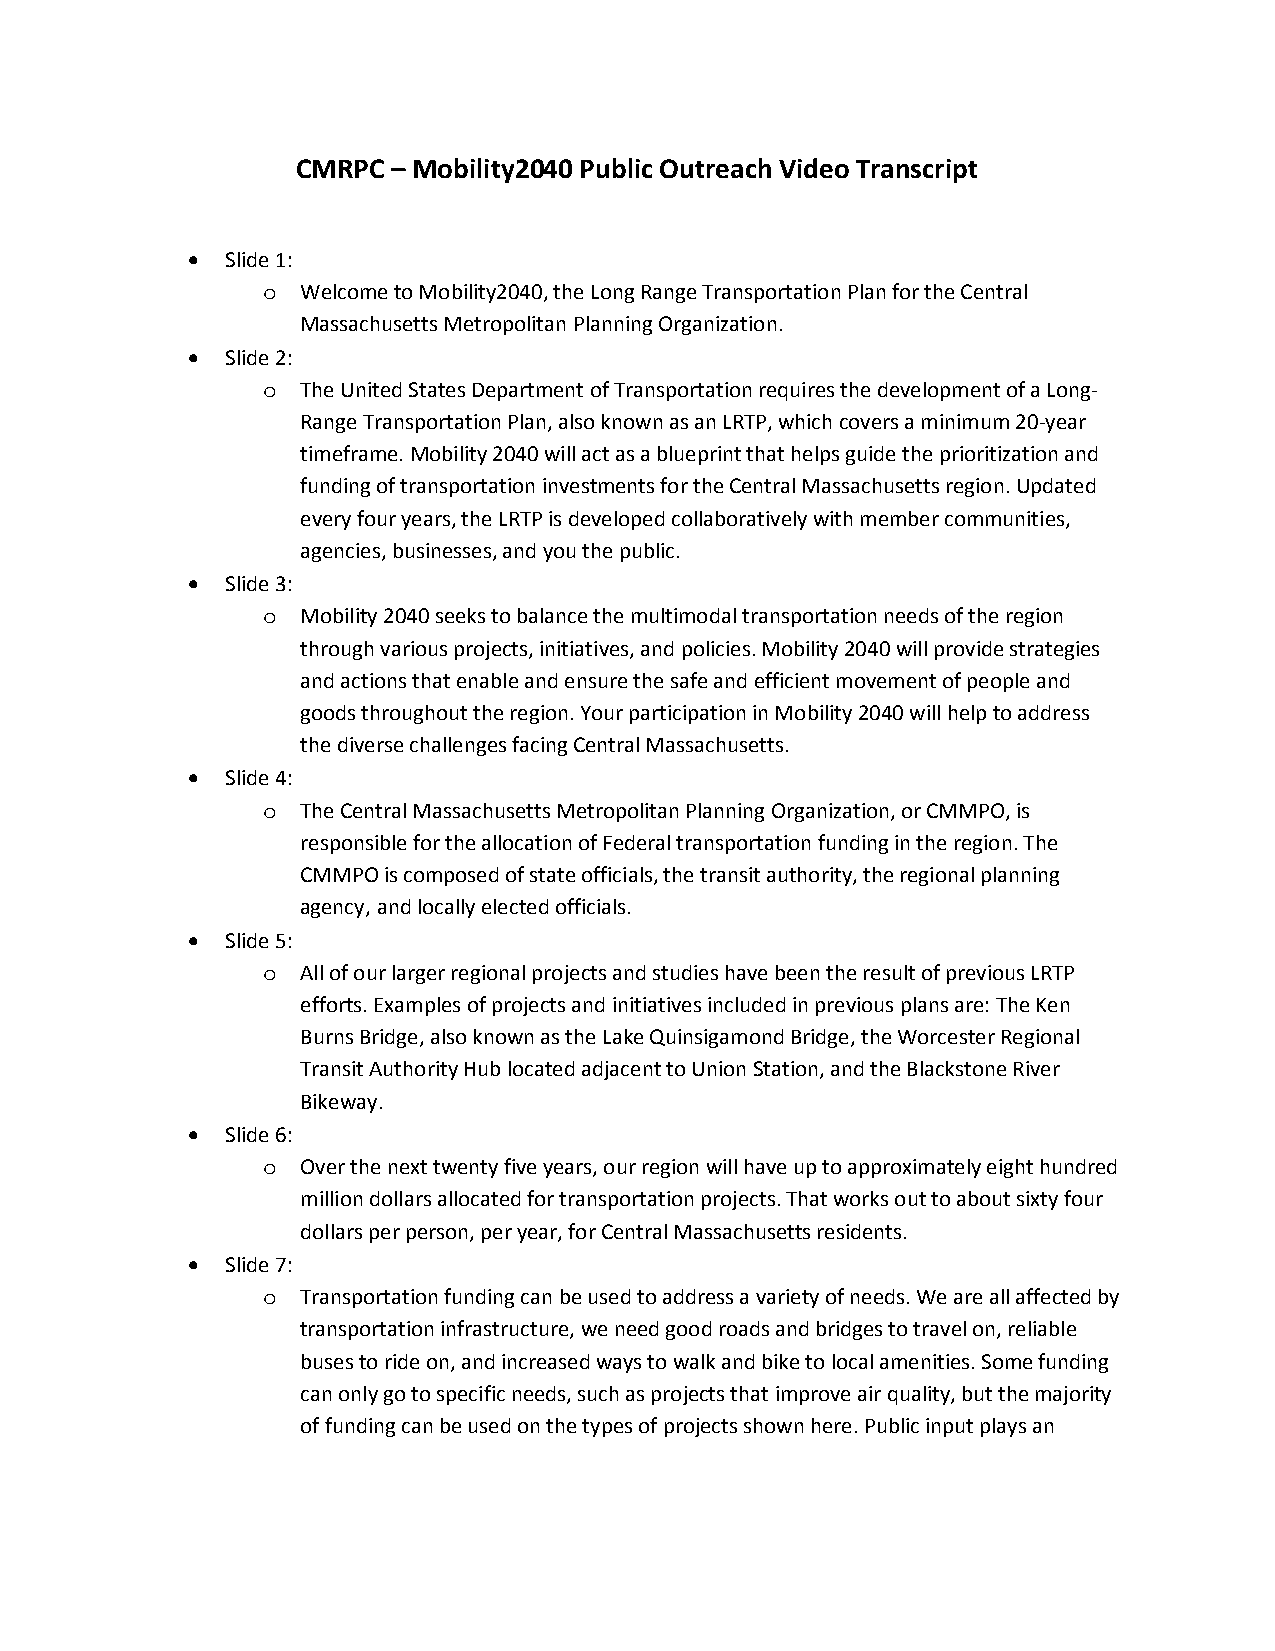
CMRPC – Mobility2040 Public Outreach Video Transcript
 •  Slide 1:
 Welcome to Mobility2040, the Long Range Transportation Plan for the Central
 o
 Massachusetts Metropolitan Planning Organization.
 •  Slide 2:
 The United States Department of Transportation requires the development of a Long-
 o
 Range Transportation Plan, also known as an LRTP, which covers a minimum 20-year
 timeframe. Mobility 2040 will act as a blueprint that helps guide the prioritization and
 funding of transportation investments for the Central Massachusetts region. Updated
 every four years, the LRTP is developed collaboratively with member communities,
 agencies, businesses, and you the public.
 •  Slide 3:
 Mobility 2040 seeks to balance the multimodal transportation needs of the region
 o
 through various projects, initiatives, and policies. Mobility 2040 will provide strategies
 and actions that enable and ensure the safe and efficient movement of people and
 goods throughout the region. Your participation in Mobility 2040 will help to address
 the diverse challenges facing Central Massachusetts.
 •  Slide 4:
 The Central Massachusetts Metropolitan Planning Organization, or CMMPO, is
 o
 responsible for the allocation of Federal transportation funding in the region. The
 CMMPO is composed of state officials, the transit authority, the regional planning
 agency, and locally elected officials.
 •  Slide 5:
 All of our larger regional projects and studies have been the result of previous LRTP
 o
 efforts. Examples of projects and initiatives included in previous plans are: The Ken
 Burns Bridge, also known as the Lake Quinsigamond Bridge, the Worcester Regional
 Transit Authority Hub located adjacent to Union Station, and the Blackstone River
 Bikeway.
 •  Slide 6:
 Over the next twenty five years, our region will have up to approximately eight hundred
 o
 million dollars allocated for transportation projects. That works out to about sixty four
 dollars per person, per year, for Central Massachusetts residents.
 •  Slide 7:
 Transportation funding can be used to address a variety of needs. We are all affected by
 o
 transportation infrastructure, we need good roads and bridges to travel on, reliable
 buses to ride on, and increased ways to walk and bike to local amenities. Some funding
 can only go to specific needs, such as projects that improve air quality, but the majority
 of funding can be used on the types of projects shown here. Public input plays an